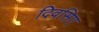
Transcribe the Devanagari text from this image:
दिवसिए